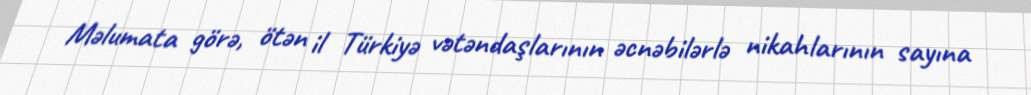
Məlumata görə, ötən il Türkiyə vətəndaşlarının əcnəbilərlə nikahlarının sayına